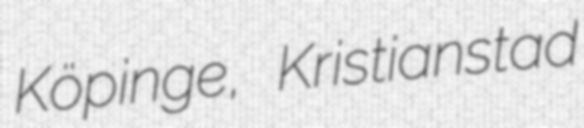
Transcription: Köpinge, Kristianstad